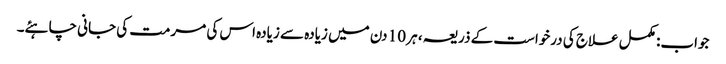
جواب: مکمل علاج کی درخواست کے ذریعہ ، ہر 10 دن میں زیادہ سے زیادہ اس کی مرمت کی جانی چاہئے۔